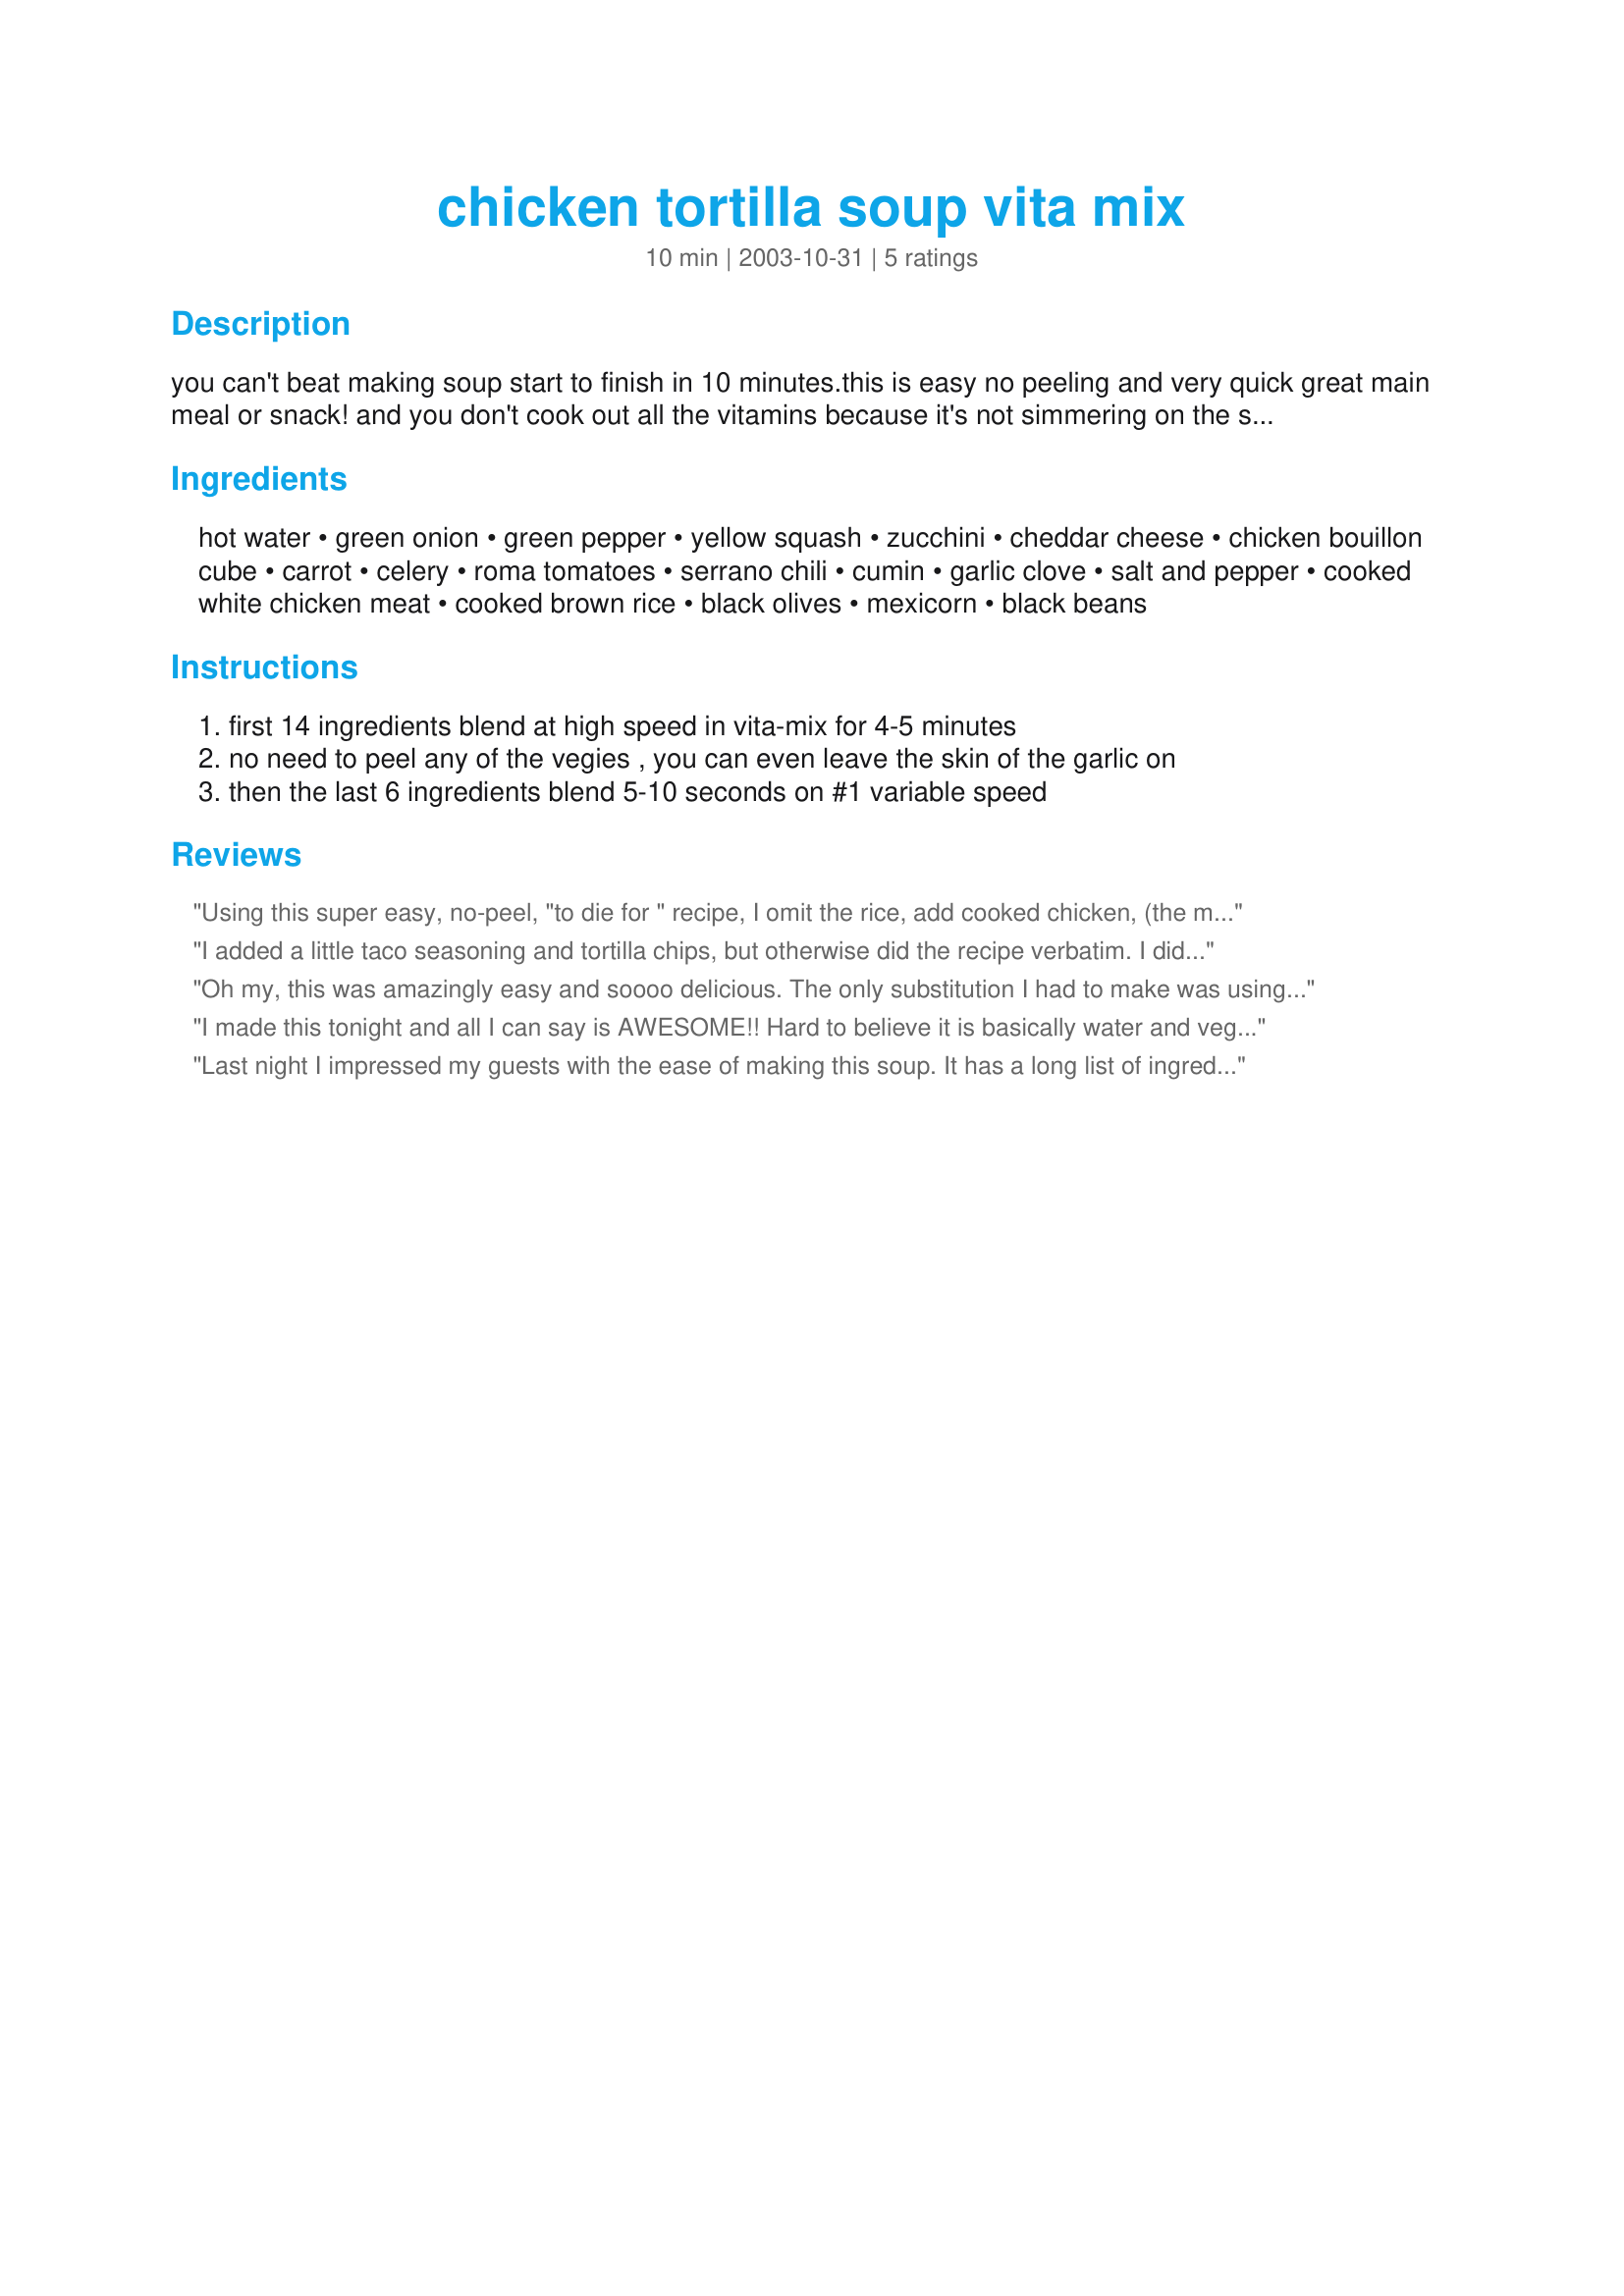
chicken tortilla soup vita mix
Preparation time: 10 minutes

you can't beat making soup start to finish in 10 minutes.this is easy no peeling and very quick great main meal or snack! and you don't cook out all the vitamins because it's not simmering on the stove for hours.clean up is easy just the vita-mix.the results are hot which you can't get in a blender or food processor. the first half becomes smooth and cream while the second half added on low speed gives the soup texture. oh almost forgot thanks to alan hall for the recipe, the guy that sold me the machine.

Ingredients:
hot water, green onion, green pepper, yellow squash, zucchini, cheddar cheese, chicken bouillon cube, carrot, celery, roma tomatoes, serrano chili, cumin, garlic clove, salt and pepper, cooked white chicken meat, cooked brown rice, black olives, mexicorn, black beans

Steps:
first 14 ingredients blend at high speed in vita-mix for 4-5 minutes, no need to peel any of the vegies , you can even leave the skin of the garlic on, then the last 6 ingredients blend 5-10 seconds on #1 variable speed

Reviews:
Using this super easy, no-peel, "to die for " recipe, I omit the rice, add cooked chicken, (the meat from the whole roasted ones from the grocery store is awesome) and tortilla chips. A little fresh cilantro in the soup and for garnish, makes my day. Tip: Most times I just add a whole "itty" yellow squash if I don't have zuchinni, frozen chopped red and green peppers if I don't have fresh, and I can't tell the difference. I LOVE MY VITA MIX.
I added a little taco seasoning and tortilla chips, but otherwise did the recipe verbatim. I did have to run the vitamin for 7 or 8 minutes to get hot. You could start with warm broth instead to seeped it up. Awesome soup!
Oh my, this was amazingly easy and soooo delicious. The only substitution I had to make was using some chipotle powder in place of the chili, which I forgot to buy. I ate two bowls this evening (guilt-free!!) and have the rest in the fridge for lunches and snacks. This one's a keeper!
I made this tonight and all I can say is AWESOME!! Hard to believe it is basically water and vegetables!! I have had my Vita- Mix for 3 years and it is worth every penny. Keep posting the Vita-Mix recipes!!

Julie
Last night I impressed my guests with the ease of making this soup. It has a long list of ingredients; however, once everything is assembled, it is so easy to put together. I left off the brown rice, used regular canned corn, omitted the olives and added some tortilla chips at the end. I garnished the soup with crushed tortilla chips and cilantro. Everyone thoroughly enjoyed it.
